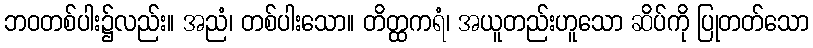
ဘဝတစ်ပါး၌လည်း။ အညံ၊ တစ်ပါးသော။ တိတ္ထကရံ၊ အယူတည်းဟူသော ဆိပ်ကို ပြုတတ်သော